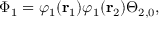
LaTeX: \Phi _ { 1 } = \varphi _ { 1 } ( \mathbf { r } _ { 1 } ) \varphi _ { 1 } ( \mathbf { r } _ { 2 } ) \Theta _ { 2 , 0 } ,